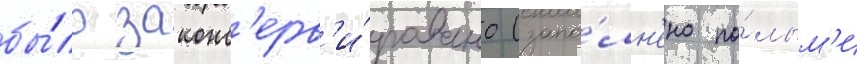
бы́ло законс'ерв'и́ровано (запо́лн'ено по́лым'и